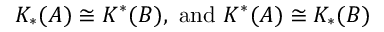
K _ { * } ( A ) \cong K ^ { * } ( B ) , \ \mathrm { a n d } \ K ^ { * } ( A ) \cong K _ { * } ( B )